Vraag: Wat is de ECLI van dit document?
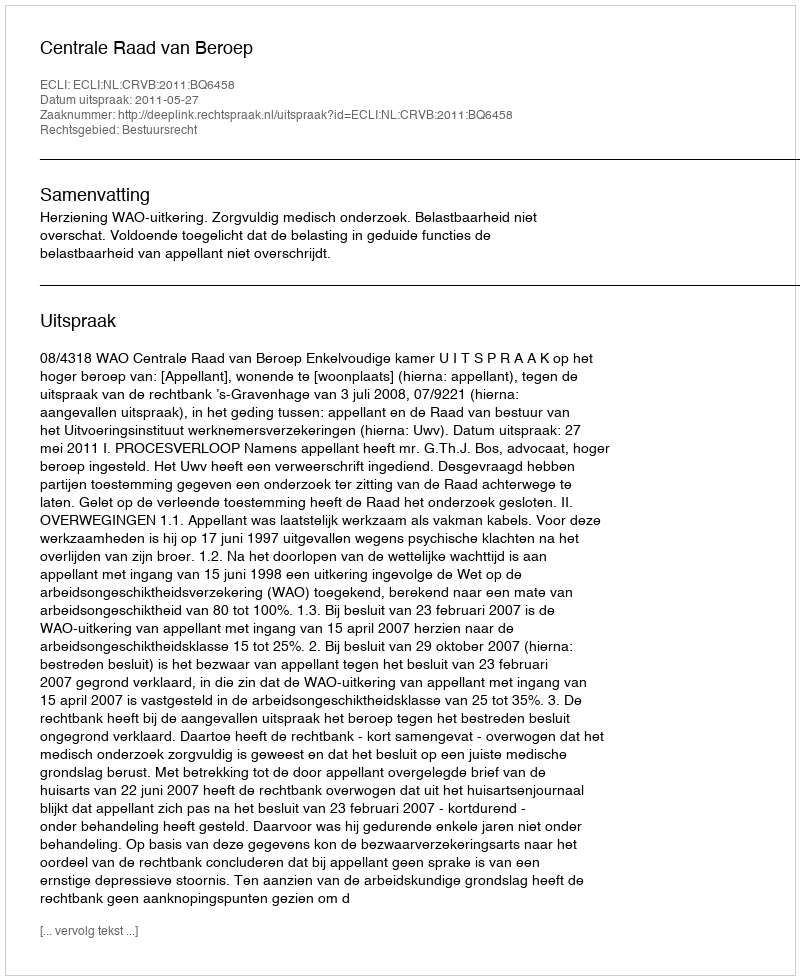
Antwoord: ECLI:NL:CRVB:2011:BQ6458